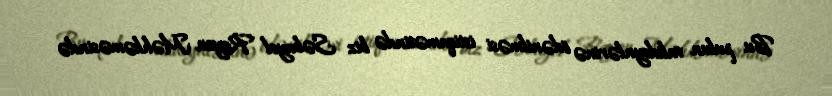
Bu pulun valideynlərinə ödənilməsi istiqamətində biz Səbayel Rayon Məhkəməsində